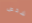
شخص